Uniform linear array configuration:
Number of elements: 8
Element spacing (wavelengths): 1
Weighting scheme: exponential
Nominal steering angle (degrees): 60
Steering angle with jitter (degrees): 60.07
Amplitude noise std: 0.05
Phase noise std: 0.05

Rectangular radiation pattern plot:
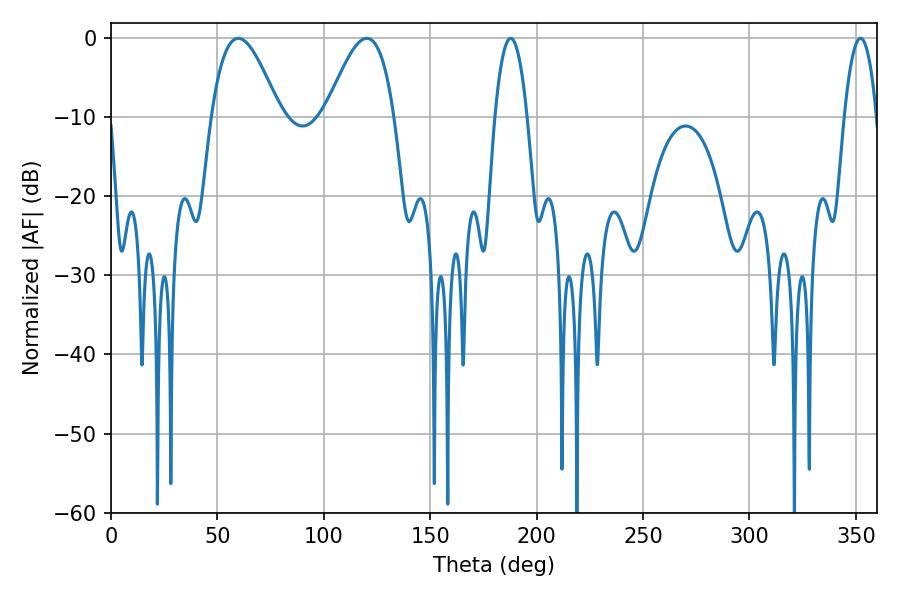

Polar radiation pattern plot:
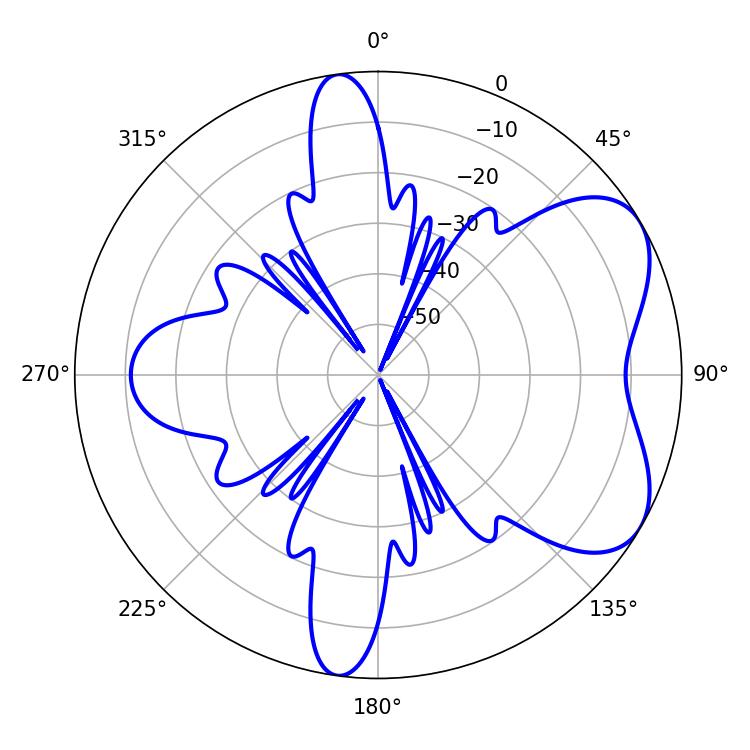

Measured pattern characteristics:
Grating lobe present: TRUE
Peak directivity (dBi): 5.777
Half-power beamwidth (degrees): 17.46
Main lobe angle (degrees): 59.76